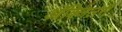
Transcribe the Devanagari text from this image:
आॅक्जिलरी